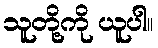
သူတို့ကို ယူပါ။